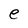
Character: e